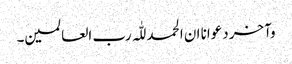
وآخر دعوانا ان الحمد للّٰہ رب العالمین۔